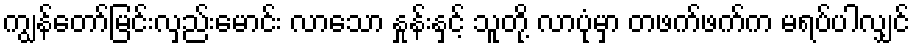
ကျွန်တော်မြင်းလှည်းမောင်း လာသော နှုန်းနှင့် သူတို့ လာပုံမှာ တဖက်ဖက်က မရပ်ပါလျှင်